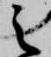
之